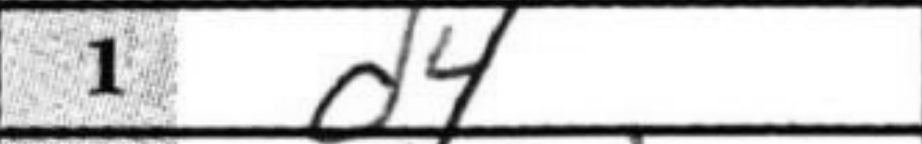
Transcription: d4